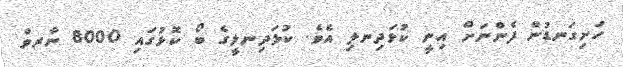
ހަށިގަނޑުން ފެންނަށް އިނީ ކުޅަދިނލި އެވެ. ކުޅަދިނލީގެ ބޯ ކޮޅުގައި 8000 ނާރވް